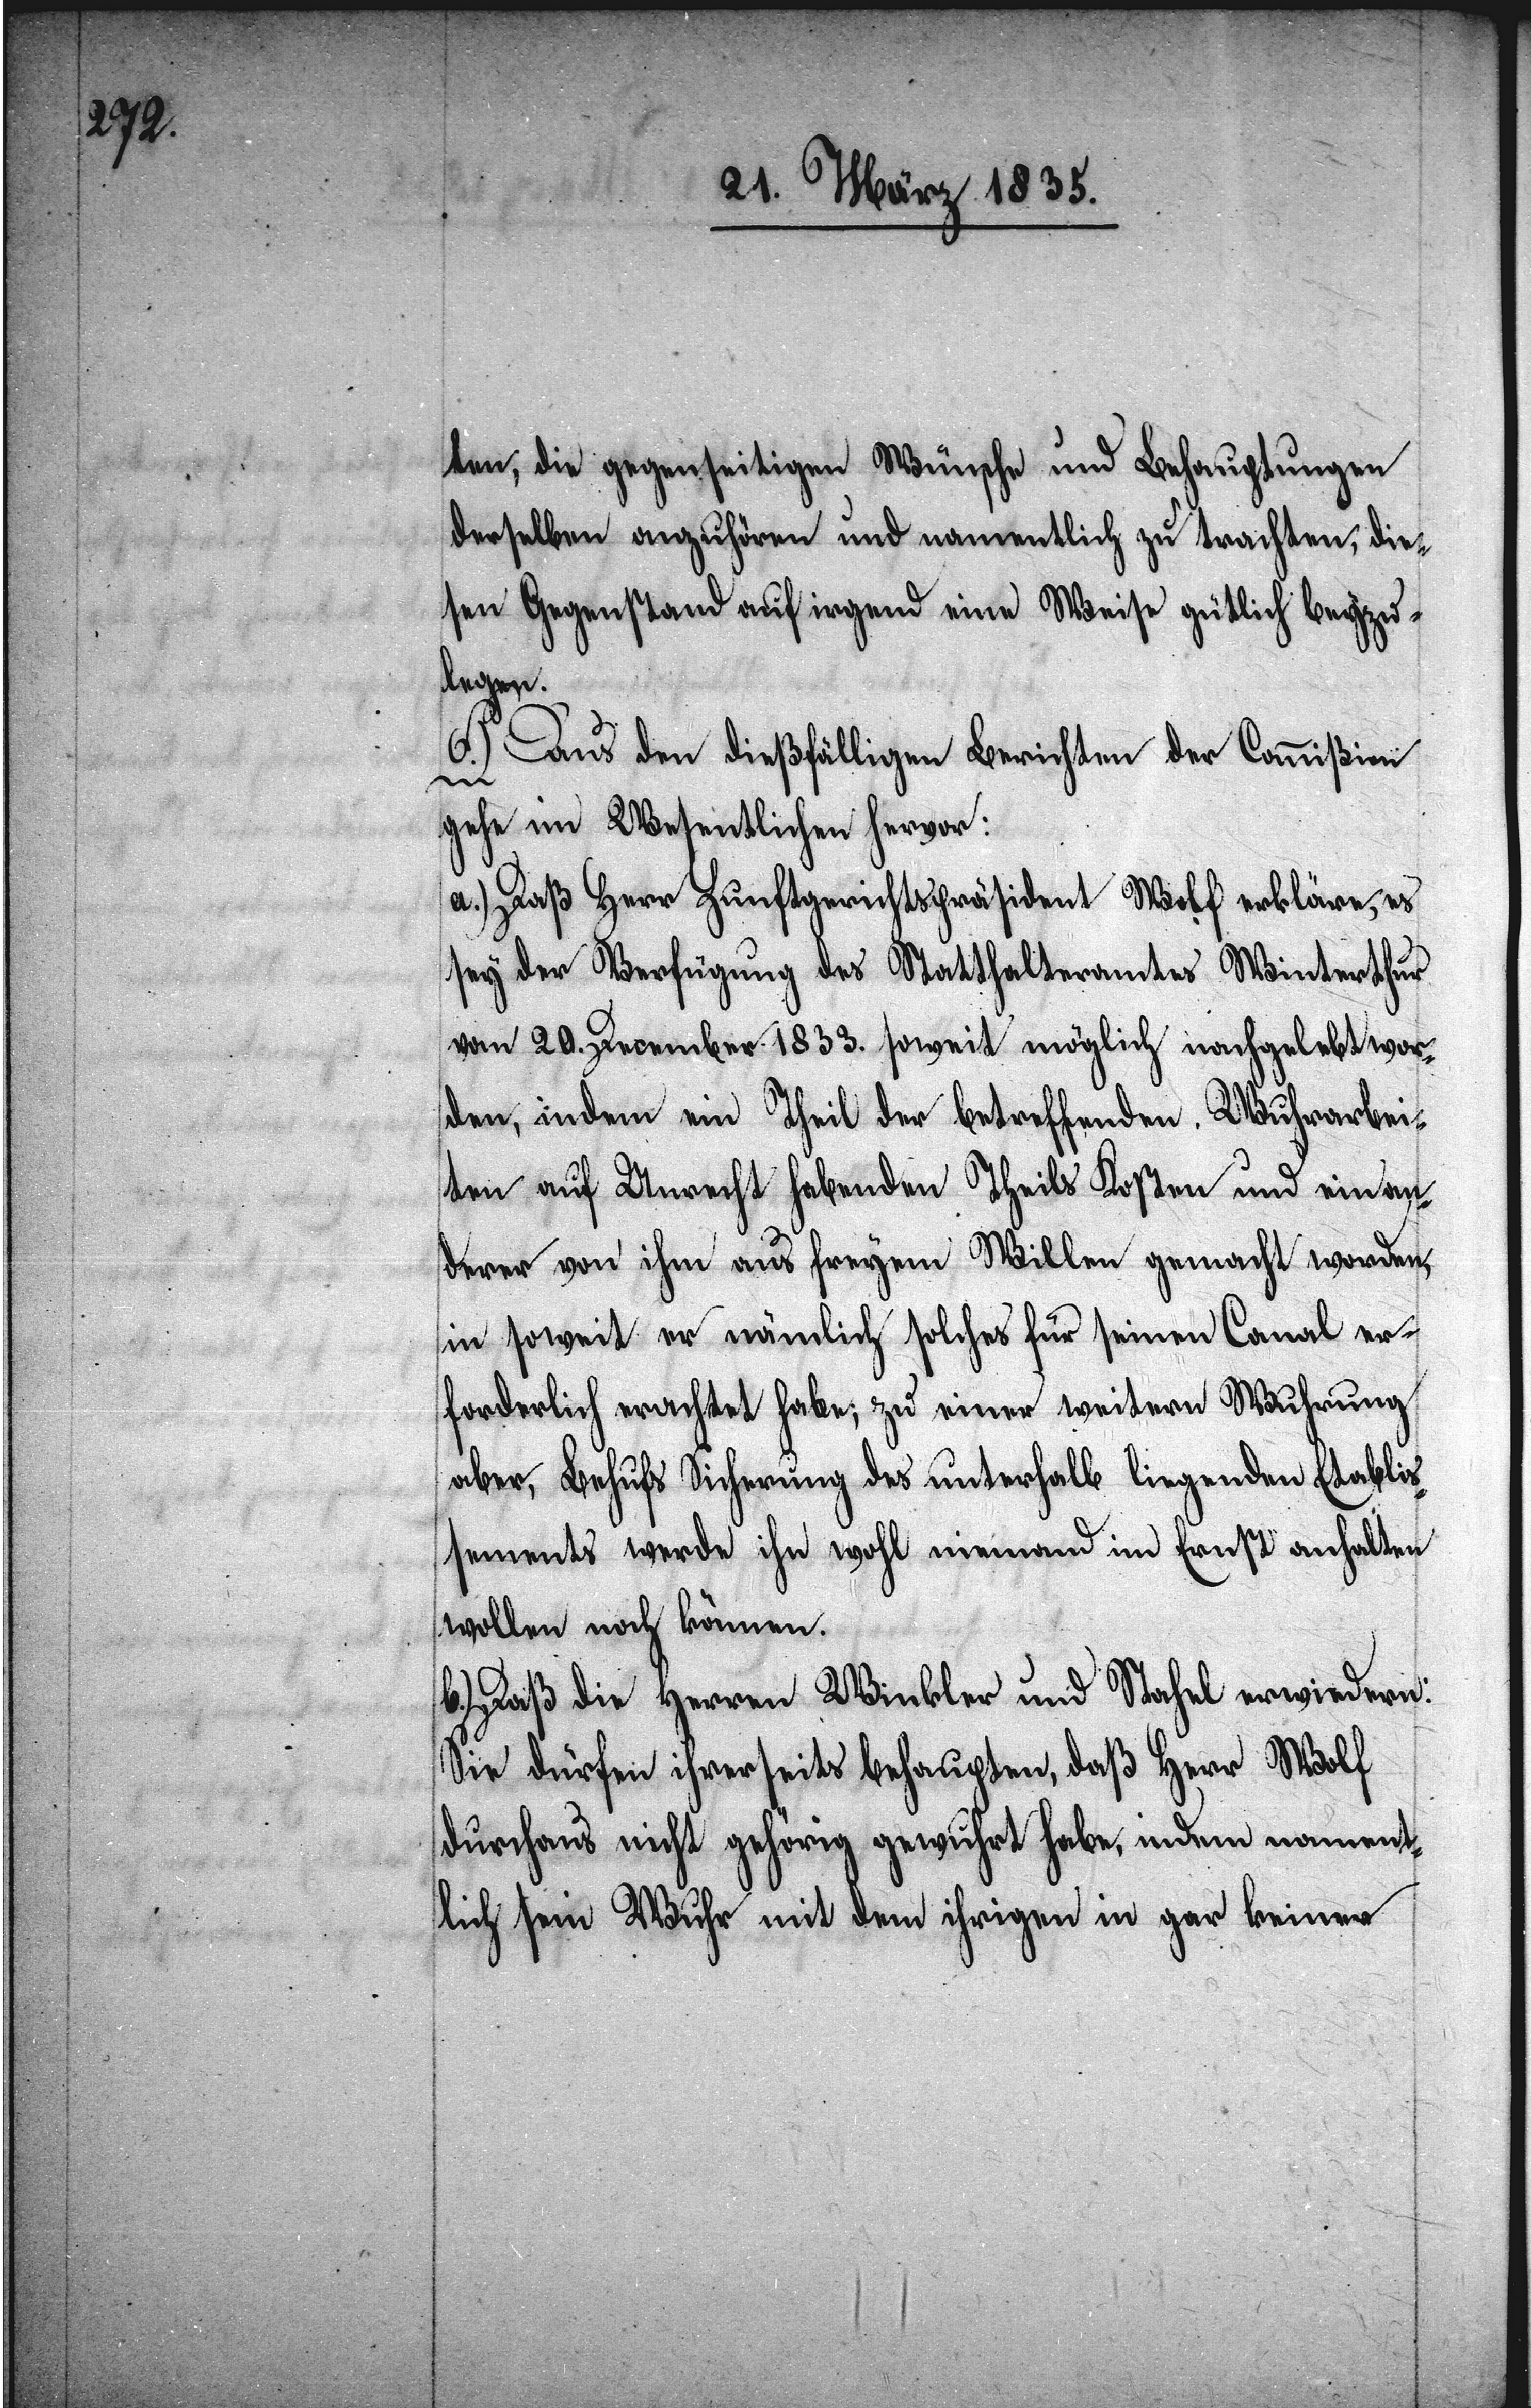
ten, die gegenseitigen Wünsche und Behauptungen
derselben anzuhören und namentlich zu trachten, die¬
sen Gegenstand auf irgend eine Weise gütlich beyzu¬
legen.
F.) Aus den dießfälligen Berichten der Commißion
gehe im Wesentlichen hervor:
a.) Daß Herr Zunftgerichtspräsident Wolf erkläre, es
sey der Verfügung des Statthalteramtes Winterthur
vom 20. December 1833. soweit möglich nachgelebt wor¬
den, indem ein Theil der betreffenden Wuhrarbei¬
ten auf Unrecht habenden Theils Kosten und ein an¬
derer von ihm aus freyem Willen gemacht worden,
in soweit er nämlich solches für seinen Canal er¬
forderlich erachtet habe; zu einer weitern Wuhrung
aber, Behufs Sicherung des unterhalb liegenden Etabliß¬
ements werde ihn wohl niemand im Ernst anhalten
wollen noch können.
b.) Daß die Herren Winkler und Stahel erwiedern:
Sie dürfen ihrerseits behaupten, daß Herr Wolf
durchaus nicht gehörig gewuhrt habe, indem nament¬
lich sein Wuhr mit dem ihrigen in gar keiner